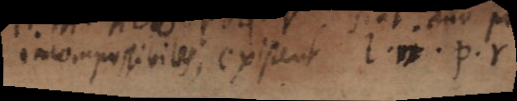
incompossibiles, existent l. n. p. r.